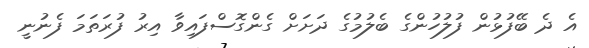
އެ ދެ ބޭފުޅުން ފުލުހުންގެ ބެލުމުގެ ދަށަށް ގެންގޮސްފައިވާ އިރު ފުރަތަމަ ފެނުނީ